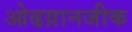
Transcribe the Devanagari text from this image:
ओढय़ानजीक